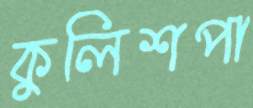
কুলিশপা